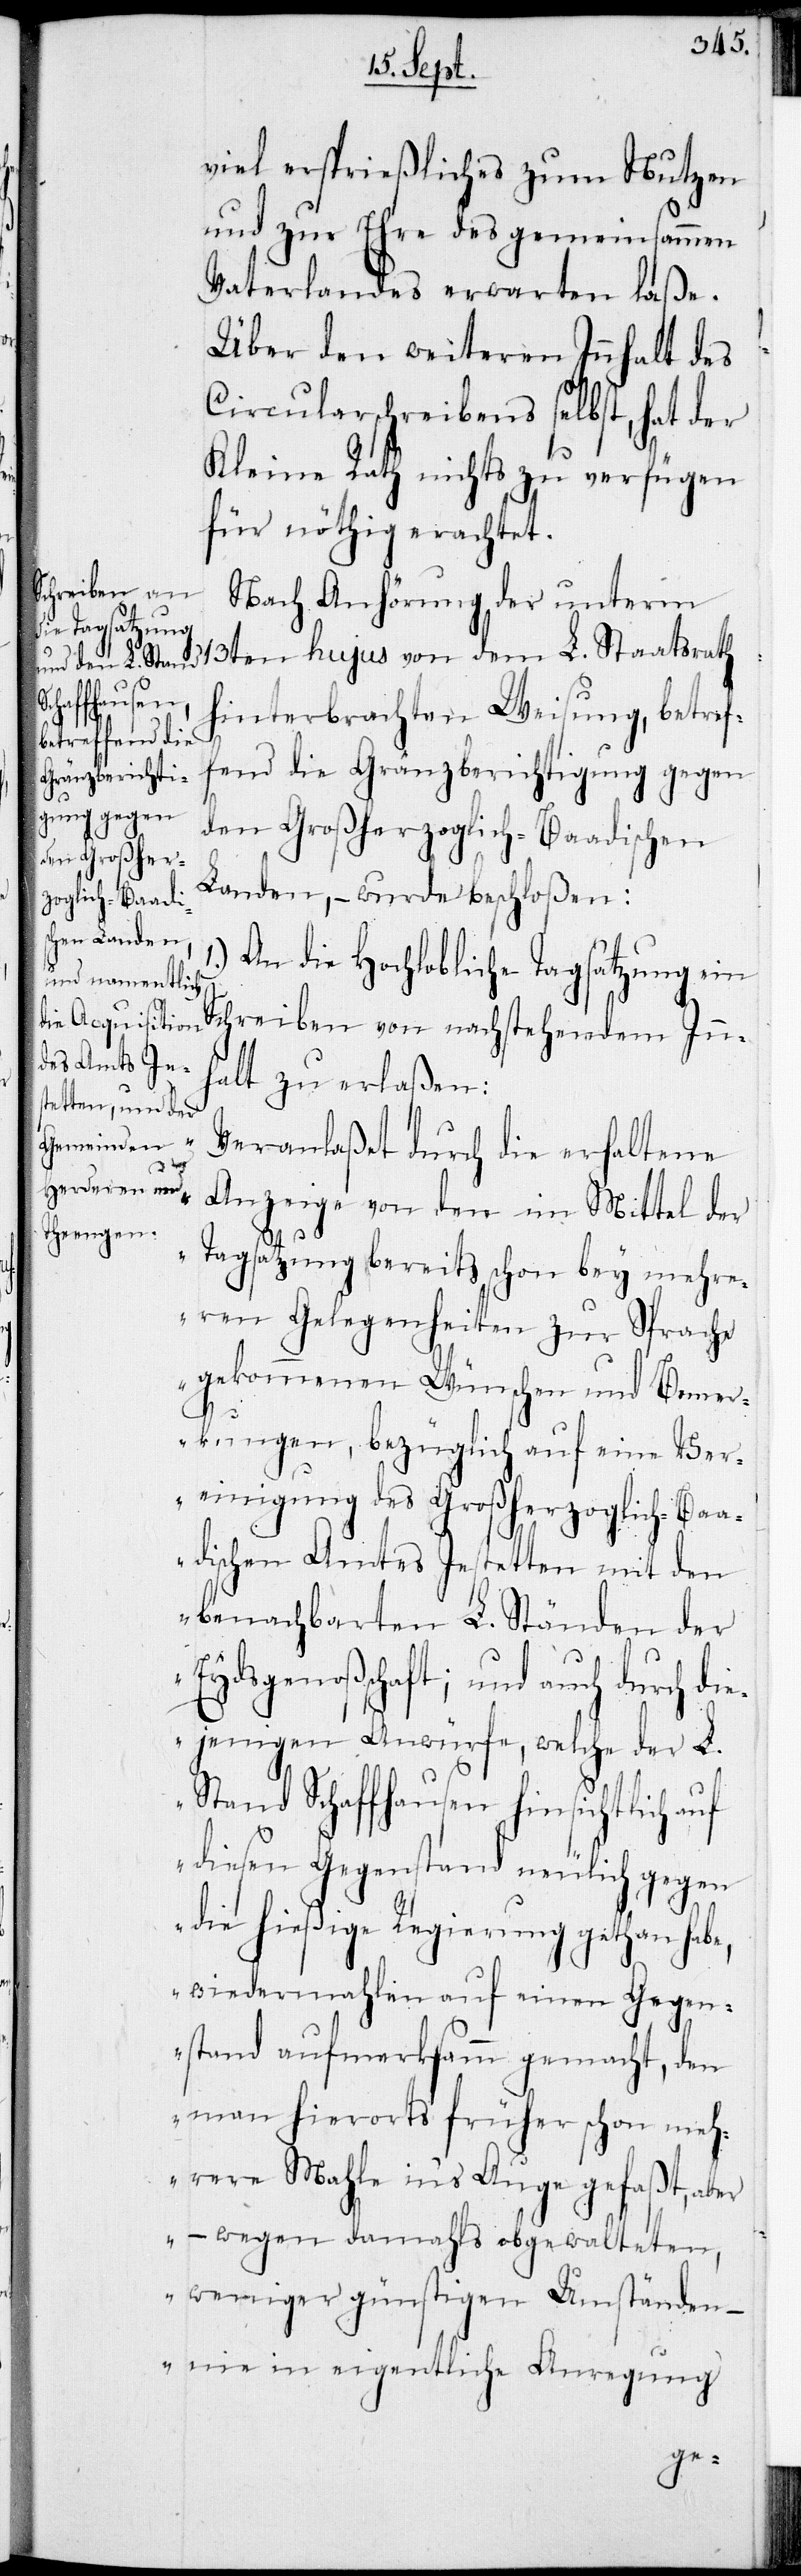
viel ersprießliches zum Nutzen
und zur Ehre des gemeinsammen
Vaterlandes erwarten laße.
Über den weiteren Innhalt des
Circularschreibens selbst, hat der
Kleine Rath nichts zu verfügen
für nöthig erachtet.
Nach Anhörung der unterm
13ten hujus von dem L. Staatsrath
hinterbrachten Weisung, betref¬
fend die Gränzberichtigung gegen
den Großherzoglich-Baadischen
Landen, – wurde beschloßen:
An die Hochlobliche Tagsatzung ein
Schreiben von nachstehendem Inn¬
halt zu erlaßen:
„Veranlaßt durch die erhaltene
Anzeige von den im Mittel der
Tagsatzung bereits schon bey mehre¬
ren Gelegenheiten zur Sprache
gekommenen Wünschen und Bemer¬
kungen, bezüglich auf eine Ver¬
einigung des Großherzoglich-Ba¬
adischen Amtes Jestetten mit den
benachbarten L. Ständen der
Eydsgenoßschaft; und auch durch di¬
ejenigen Anwürfe, welche der L.
Stand Schaffhausen hinsichtlich auf
diesen Gegenstand neulich gegen
die hießige Regierung gethan habe,
wiedermahlen auf einen Gegen¬
stand aufmerksamm gemacht, den
man hierorts früher schon meh¬
rere Mahle in’s Auge gefaßt, aber,
– wegen damahls obgewalteten,
weniger günstigen Umständen –
nie in eigentliche Anregung